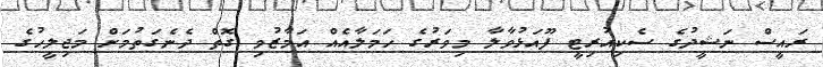
ރައީސް ނަޝީދުގެ ސެކިއުރިޓީ ފޫއަޅުވާލާ މިވަރުގެ ހަމަލާއެއް އަމާޒުވި ގޮތް ދެނެގަތުމަށް މަޖިލީހުގެ